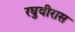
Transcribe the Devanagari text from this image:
रघुवीरास